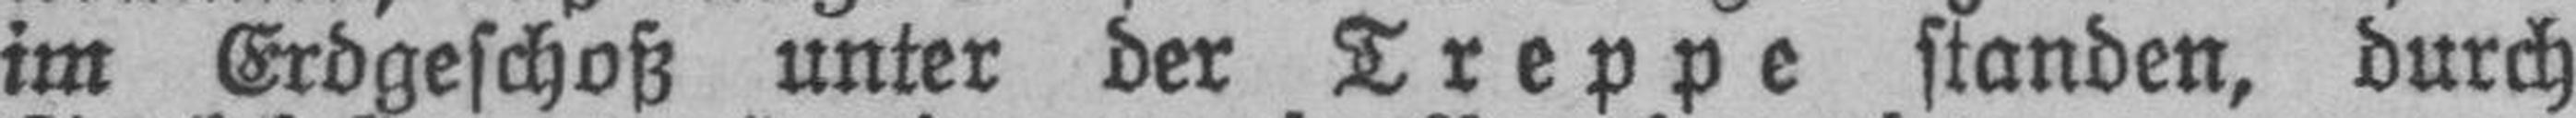
im Erdgeschoß unter der Treppe standen, durch